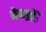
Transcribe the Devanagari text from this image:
केन्द्रोंें